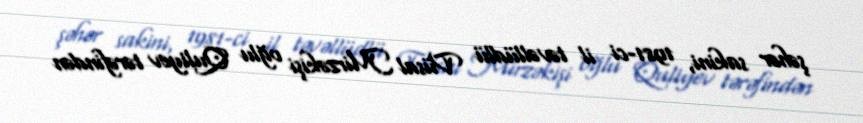
şəhər sakini, 1981-ci il təvəllüdlü Vüsal Mirzəkişi oğlu Quliyev tərəfindən